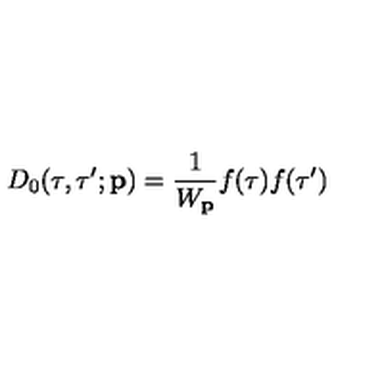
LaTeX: D _ { 0 } ( \tau , \tau ^ { \prime } ; { \bf p } ) = \frac { 1 } { W _ { \bf p } } f ( \tau ) f ( \tau ^ { \prime } )